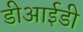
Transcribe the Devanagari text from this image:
डीआईडी